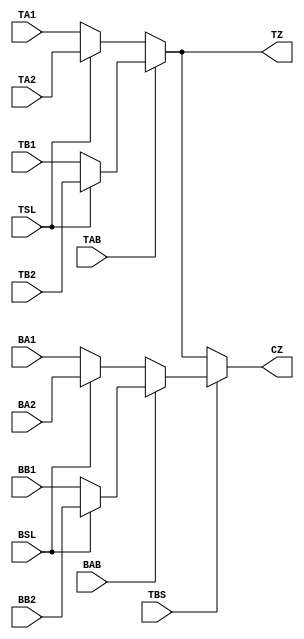
module C_FRAG (TBS, TAB, TSL, TA1, TA2, TB1, TB2, BAB, BSL, BA1, BA2, BB1, BB2, TZ, CZ);

    // Routing ports
    input  wire TBS;

    input  wire TAB;
    input  wire TSL;
    input  wire TA1;
    input  wire TA2;
    input  wire TB1;
    input  wire TB2;

    input  wire BAB;
    input  wire BSL;
    input  wire BA1;
    input  wire BA2;
    input  wire BB1;
    input  wire BB2;

    (* DELAY_CONST_TAB="{iopath_TAB_TZ}" *)
    (* DELAY_CONST_TSL="{iopath_TSL_TZ}" *)
    (* DELAY_CONST_TA1="{iopath_TA1_TZ}" *)
    (* DELAY_CONST_TA2="{iopath_TA2_TZ}" *)
    (* DELAY_CONST_TB1="{iopath_TB1_TZ}" *)
    (* DELAY_CONST_TB2="{iopath_TB2_TZ}" *)
    output wire TZ;

    (* DELAY_CONST_TBS="{iopath_TBS_CZ}" *)
    (* DELAY_CONST_TAB="{iopath_TAB_CZ}" *)
    (* DELAY_CONST_TSL="{iopath_TSL_CZ}" *)
    (* DELAY_CONST_TA1="{iopath_TA1_CZ}" *)
    (* DELAY_CONST_TA2="{iopath_TA2_CZ}" *)
    (* DELAY_CONST_TB1="{iopath_TB1_CZ}" *)
    (* DELAY_CONST_TB2="{iopath_TB2_CZ}" *)
    (* DELAY_CONST_BAB="{iopath_BAB_CZ}" *)
    (* DELAY_CONST_BSL="{iopath_BSL_CZ}" *)
    (* DELAY_CONST_BA1="{iopath_BA1_CZ}" *)
    (* DELAY_CONST_BA2="{iopath_BA2_CZ}" *)
    (* DELAY_CONST_BB1="{iopath_BB1_CZ}" *)
    (* DELAY_CONST_BB2="{iopath_BB2_CZ}" *)
    output wire CZ;

    // Control parameters
    parameter [0:0] TAS1 = 1'b0;
    parameter [0:0] TAS2 = 1'b0;
    parameter [0:0] TBS1 = 1'b0;
    parameter [0:0] TBS2 = 1'b0;

    parameter [0:0] BAS1 = 1'b0;
    parameter [0:0] BAS2 = 1'b0;
    parameter [0:0] BBS1 = 1'b0;
    parameter [0:0] BBS2 = 1'b0;

    // Input routing inverters
    wire TAP1 = (TAS1) ? ~TA1 : TA1;
    wire TAP2 = (TAS2) ? ~TA2 : TA2;
    wire TBP1 = (TBS1) ? ~TB1 : TB1;
    wire TBP2 = (TBS2) ? ~TB2 : TB2;

    wire BAP1 = (BAS1) ? ~BA1 : BA1;
    wire BAP2 = (BAS2) ? ~BA2 : BA2;
    wire BBP1 = (BBS1) ? ~BB1 : BB1;
    wire BBP2 = (BBS2) ? ~BB2 : BB2;

    // 1st mux stage
    wire TAI = TSL ? TAP2 : TAP1;
    wire TBI = TSL ? TBP2 : TBP1;
    
    wire BAI = BSL ? BAP2 : BAP1;
    wire BBI = BSL ? BBP2 : BBP1;

    // 2nd mux stage
    wire TZI = TAB ? TBI : TAI;
    wire BZI = BAB ? BBI : BAI;

    // 3rd mux stage
    wire CZI = TBS ? BZI : TZI;

    // Output
    assign TZ = TZI;
    assign CZ = CZI;

    specify
        (TBS => CZ) = (0,0);
        (TAB => CZ) = (0,0);
        (TSL => CZ) = (0,0);
        (TA1 => CZ) = (0,0);
        (TA2 => CZ) = (0,0);
        (TB1 => CZ) = (0,0);
        (TB2 => CZ) = (0,0);
        (BAB => CZ) = (0,0);
        (BSL => CZ) = (0,0);
        (BA1 => CZ) = (0,0);
        (BA2 => CZ) = (0,0);
        (BB1 => CZ) = (0,0);
        (BB2 => CZ) = (0,0);
        (TAB => TZ) = (0,0);
        (TSL => TZ) = (0,0);
        (TA1 => TZ) = (0,0);
        (TA2 => TZ) = (0,0);
        (TB1 => TZ) = (0,0);
        (TB2 => TZ) = (0,0);
    endspecify

endmodule